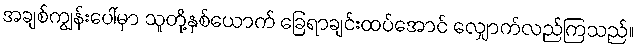
အချစ်ကျွန်းပေါ်မှာ သူတို့နှစ်ယောက် ခြေရာချင်းထပ်အောင် လျှောက်လည်ကြသည်။